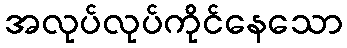
အလုပ်လုပ်ကိုင်နေသော